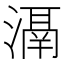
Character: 𣽐